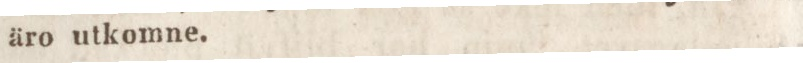
äro utkomne.